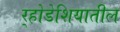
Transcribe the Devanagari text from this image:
र्‍होडेशियातील